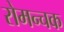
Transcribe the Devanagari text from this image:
रोमन्चक